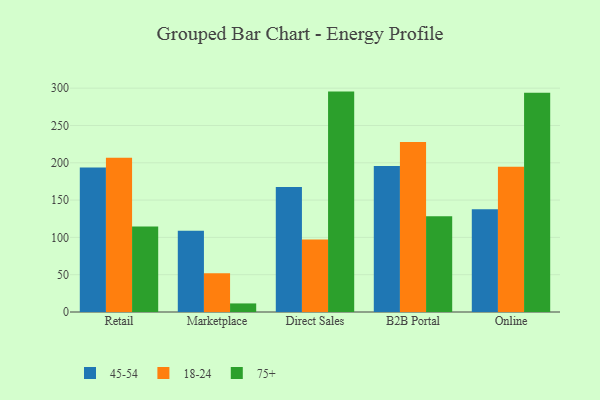
{"axis": {"x": "Channel", "y": "Headcount"}, "legend": ["18-24", "45-54", "75+"], "data": [{"x": "Retail", "y": 193.8, "type": "45-54"}, {"x": "Retail", "y": 206.9, "type": "18-24"}, {"x": "Retail", "y": 114.5, "type": "75+"}, {"x": "Marketplace", "y": 108.9, "type": "45-54"}, {"x": "Marketplace", "y": 52.0, "type": "18-24"}, {"x": "Marketplace", "y": 11.5, "type": "75+"}, {"x": "Direct Sales", "y": 167.5, "type": "45-54"}, {"x": "Direct Sales", "y": 97.1, "type": "18-24"}, {"x": "Direct Sales", "y": 295.4, "type": "75+"}, {"x": "B2B Portal", "y": 195.7, "type": "45-54"}, {"x": "B2B Portal", "y": 228.0, "type": "18-24"}, {"x": "B2B Portal", "y": 128.5, "type": "75+"}, {"x": "Online", "y": 137.6, "type": "45-54"}, {"x": "Online", "y": 194.8, "type": "18-24"}, {"x": "Online", "y": 293.7, "type": "75+"}]}